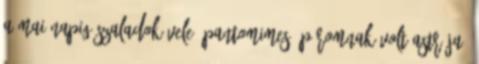
a mai napig szaladok vele. pantomimes: páromnak volt Astrája,